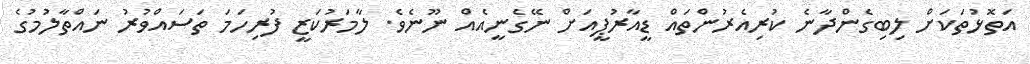
އަތޮޅުތަކަށް ލިބިގެންދާނެ ކުރިއެރުންތައް ޑީއާރުޕީއަށް ނޭގެނީއެއް ނޫނެވެ. ލާމަރުކަޒީ ފުރިހަމަ ތަސައްވުރު ނައްތާލުމުގެ